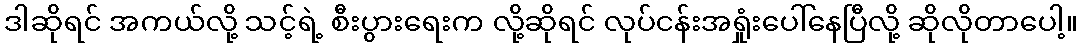
ဒါဆိုရင် အကယ်လို့ သင့်ရဲ့ စီးပွားရေးက လို့ဆိုရင် လုပ်ငန်းအရှုံးပေါ်နေပြီလို့ ဆိုလိုတာပေါ့။